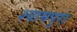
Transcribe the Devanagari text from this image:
श्यामपुरा